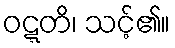
ဝဋ္ဋတိ၊ သင့်၏။